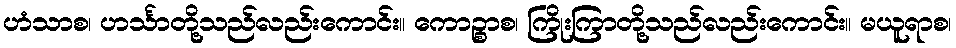
ဟံသာစ၊ ဟင်္သာတို့သည်လည်းကောင်း။ ကောဉ္စာစ၊ ကြိုးကြာတို့သည်လည်းကောင်း။ မယူရာစ၊